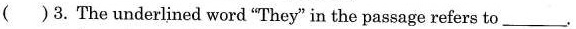
( )3. The underlined word "They" in the passage refers to